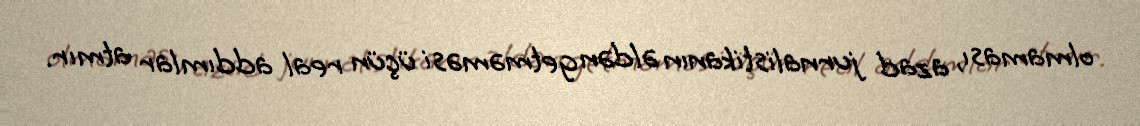
olmaması, azad jurnalistikanın əldən getməməsi üçün real addımlar atmır.